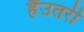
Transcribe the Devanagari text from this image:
हैंउतरी